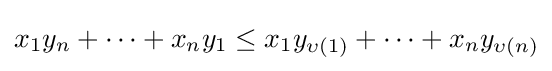
{\textstyle x_{1}y_{n}+\cdots +x_{n}y_{1}\leq x_{1}y_{\upsilon (1)}+\cdots +x_{n}y_{\upsilon (n)}}